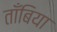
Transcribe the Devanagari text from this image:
ताँबिया